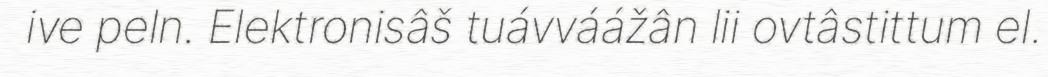
ive peln. Elektronisâš tuávváážân lii ovtâstittum el.